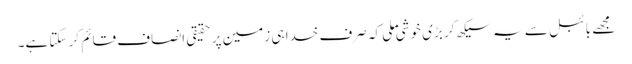
‏ مجھے بائبل سے یہ سیکھ کر بڑی خوشی ملی کہ صرف خدا ہی زمین پر حقیقی اِنصاف قائم کر سکتا ہے۔